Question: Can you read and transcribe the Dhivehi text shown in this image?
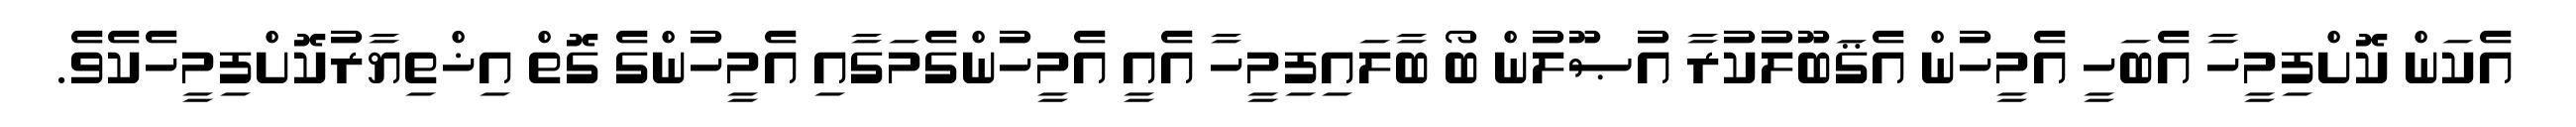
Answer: އެކަން ކޮށްފިމީހާ އެބަހީ އެމީހުން އެޤަބޫލުކުރާ އުޞޫލުން ބޯ ބާލައިފިމީހާ އެއީ އެމީހުންގެމަގާއި އެމީހުންގެ ގޮތް އިޚްތިޔާރުކޮށްފިމީހެކެވެ.